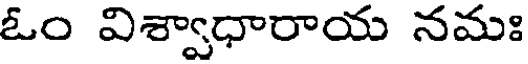
ఓం విశ్వాధారాయ నమః